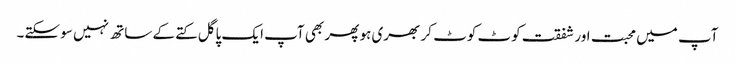
آپ میں محبت اور شفقت کوٹ کوٹ کر بھری ہو پھر بھی آپ ایک پاگل کتے کے ساتھ نہیں سو سکتے۔